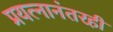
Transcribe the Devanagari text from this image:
प्रयत्नानंतरही